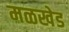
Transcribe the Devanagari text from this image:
मळखेड